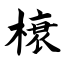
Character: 榱